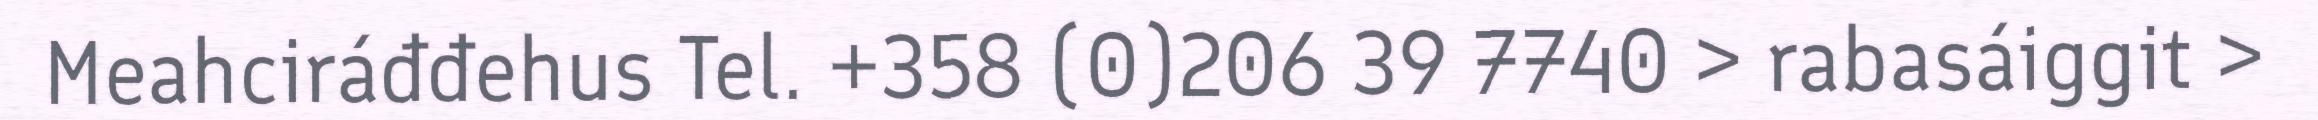
Meahciráđđehus Tel. +358 (0)206 39 7740 > rabasáiggit >